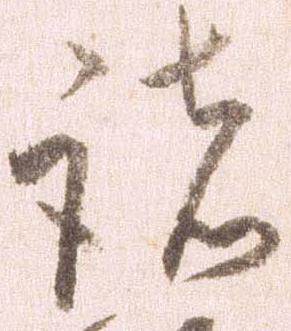
諸